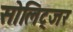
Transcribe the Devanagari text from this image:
सोलिट्जर